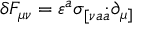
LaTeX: \delta F _ { \mu \nu } = \varepsilon ^ { a } \sigma _ { [ \nu a \dot { a } } \partial _ { \mu ] }